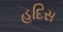
હદિસ